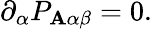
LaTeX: \partial_{\alpha}P_{\mathbf{A}\alpha\beta}=0.